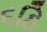
૬ઠિ